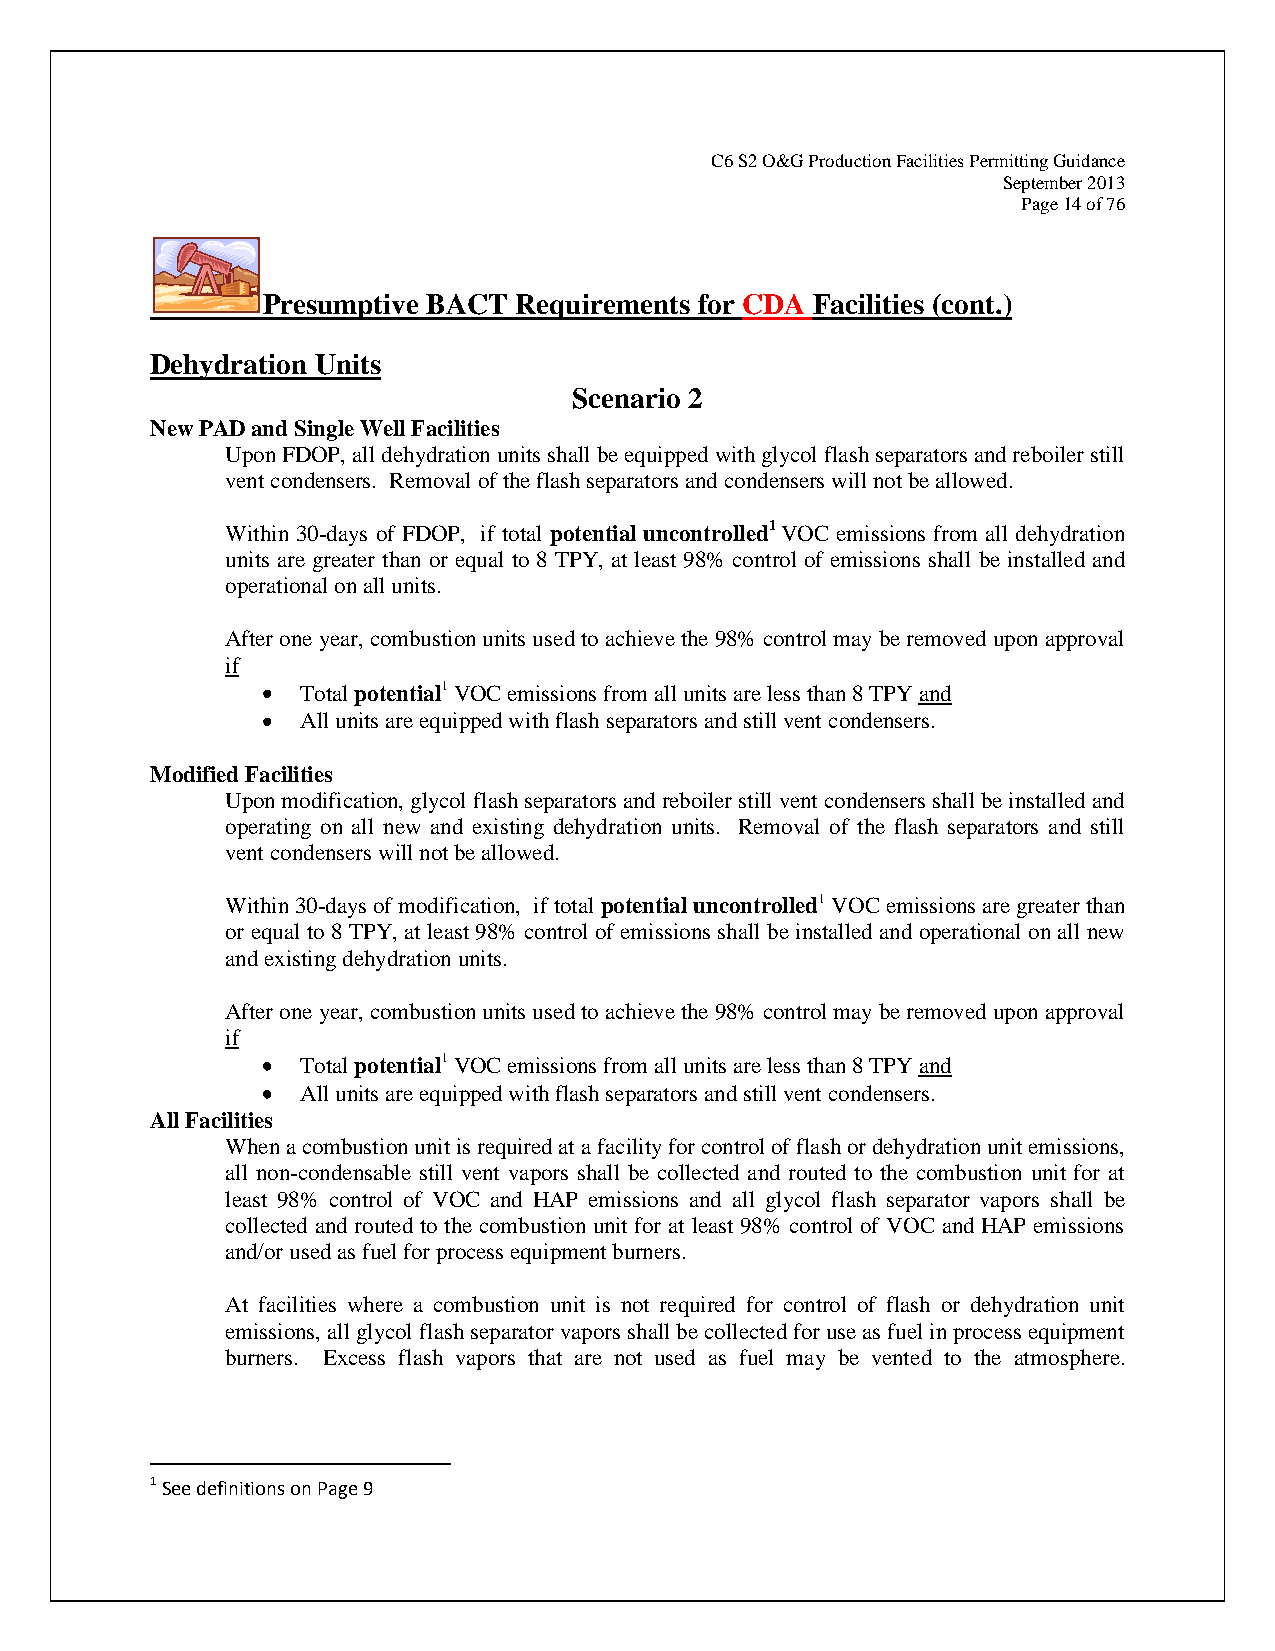
C6 S2 O&G Production Facilities Permitting Guidance
 September 2013
 Page 14 of 76
 Presumptive BACT Requirements for CDA Facilities (cont.)
 Dehydration Units
 Scenario 2
 New PAD and Single Well Facilities
 Upon FDOP, all dehydration units shall be equipped with glycol flash separators and reboiler still
 vent condensers. Removal of the flash separators and condensers will not be allowed.
 Within 30-days of FDOP, if total potential uncontrolled1 VOC emissions from all dehydration
 units are greater than or equal to 8 TPY, at least 98% control of emissions shall be installed and
 operational on all units.
 After one year, combustion units used to achieve the 98% control may be removed upon approval
 if
 Total potential1 VOC emissions from all units are less than 8 TPY and
 All units are equipped with flash separators and still vent condensers.
 Modified Facilities
 Upon modification, glycol flash separators and reboiler still vent condensers shall be installed and
 operating on all new and existing dehydration units. Removal of the flash separators and still
 vent condensers will not be allowed.
 Within 30-days of modification, if total potential uncontrolled1 VOC emissions are greater than
 or equal to 8 TPY, at least 98% control of emissions shall be installed and operational on all new
 and existing dehydration units.
 After one year, combustion units used to achieve the 98% control may be removed upon approval
 if
 Total potential1 VOC emissions from all units are less than 8 TPY and
 All units are equipped with flash separators and still vent condensers.
 All Facilities
 When a combustion unit is required at a facility for control of flash or dehydration unit emissions,
 all non-condensable still vent vapors shall be collected and routed to the combustion unit for at
 least 98% control of VOC and HAP emissions and all glycol flash separator vapors shall be
 collected and routed to the combustion unit for at least 98% control of VOC and HAP emissions
 and/or used as fuel for process equipment burners.
 At facilities where a combustion unit is not required for control of flash or dehydration unit
 emissions, all glycol flash separator vapors shall be collected for use as fuel in process equipment
 burners. Excess flash vapors that are not used as fuel may be vented to the atmosphere.
 1 See definitions on Page 9